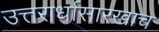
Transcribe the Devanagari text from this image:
उत्तरार्धासारखाच